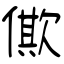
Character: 僛